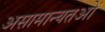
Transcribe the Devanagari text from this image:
असामान्यतओं